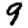
Digit: 9